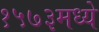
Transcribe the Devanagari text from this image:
१५७३मध्ये